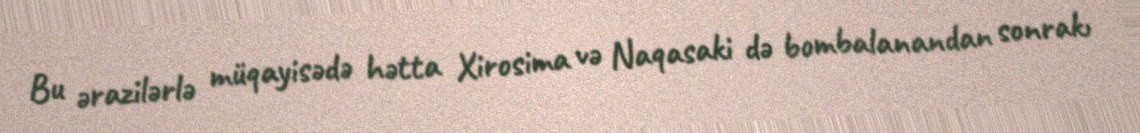
Bu ərazilərlə müqayisədə hətta Xirosima və Naqasaki də bombalanandan sonrakı